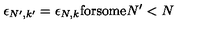
\epsilon _ { N ^ { \prime } , k ^ { \prime } } = \epsilon _ { N , k } \mathrm { f o r s o m e } N ^ { \prime } < N